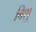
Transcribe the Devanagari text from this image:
बिशु